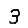
Digit: 3